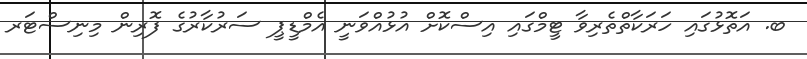
ބ. އަތޮޅުގައި ހަރަކާތްތެރިވާ ޓީމްގައި އިސްކޮށް އުޅުއްވަނީ އެމްޑީޕީ ސަރުކާރުގެ ފޮރިން މިނިސްޓަރ